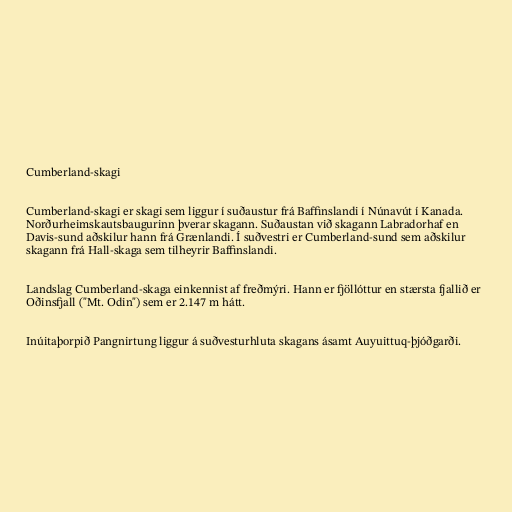
Cumberland-skagi

Cumberland-skagi er skagi sem liggur í suðaustur frá Baffinslandi í Núnavút í Kanada.
Norðurheimskautsbaugurinn þverar skagann. Suðaustan við skagann Labradorhaf en
Davis-sund aðskilur hann frá Grænlandi. Í suðvestri er Cumberland-sund sem aðskilur
skagann frá Hall-skaga sem tilheyrir Baffinslandi.

Landslag Cumberland-skaga einkennist af freðmýri. Hann er fjöllóttur en stærsta fjallið er
Oðinsfjall ("Mt. Odin") sem er 2.147 m hátt.

Inúitaþorpið Pangnirtung liggur á suðvesturhluta skagans ásamt Auyuittuq-þjóðgarði.